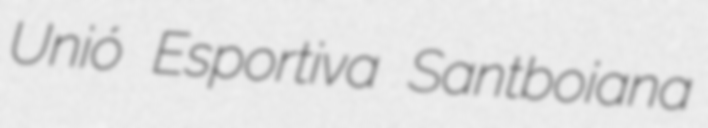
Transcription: Unió Esportiva Santboiana